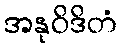
အနုဝိဒိတံ